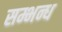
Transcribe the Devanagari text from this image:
सम्भन्ध